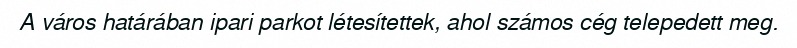
A város határában ipari parkot létesítettek, ahol számos cég telepedett meg.